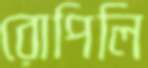
রোপিলি